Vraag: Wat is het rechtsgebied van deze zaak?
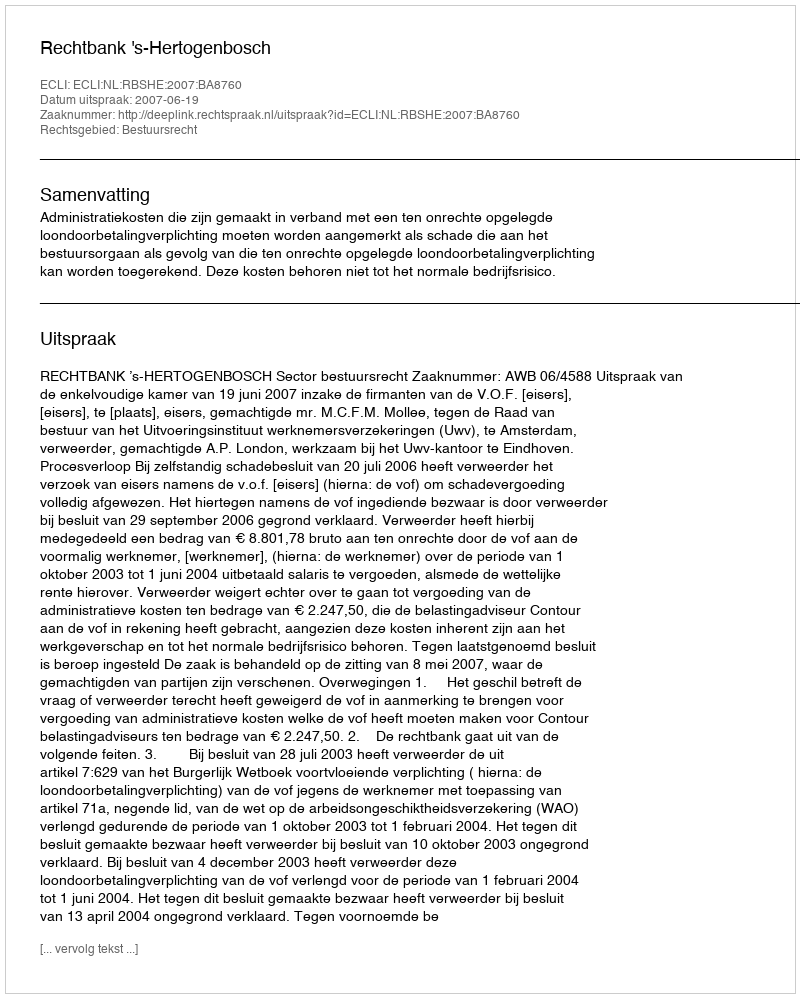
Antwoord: Bestuursrecht